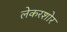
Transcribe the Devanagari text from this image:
लेकरशोर